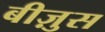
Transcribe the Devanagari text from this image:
बीज़ुस